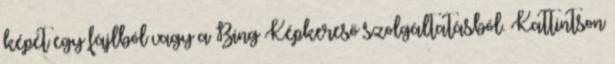
képét egy fájlból vagy a Bing Képkereső szolgáltatásból. Kattintson